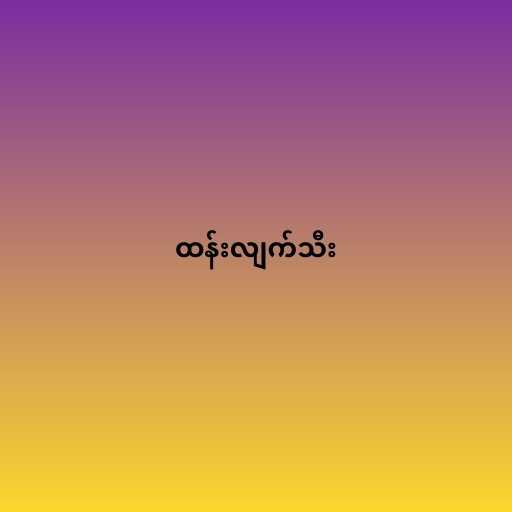
ထန်းလျက်သီး